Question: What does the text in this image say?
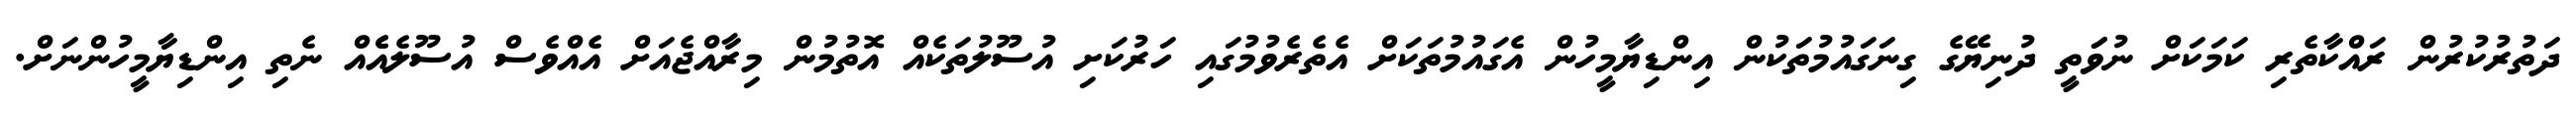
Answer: ދަތުރުކުރުން ރައްކާތެރި ކަމަކަށް ނުވަަތީ ދުނިޔޭގެ ގިނަގައުމުތަކުން އިންޑިޔާމީހުން އެގައުމުތަކަށް އެތެރެވުމުގައި ހަރުކަށި އުސޫލުތަކެއް އޮތުމުން މިރާއްޖެއަށް އެއްވެސް އުސޫލެއެެއް ނެތި އިންޑިޔާމީހުންނަށް.